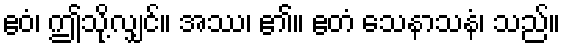
ဧဝံ၊ ဤသို့လျှင်။ အဿ၊ ၏။ ဧတံ သေနာသနံ၊ သည်။